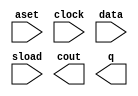
// megafunction wizard: %LPM_COUNTER%VBB%
// GENERATION: STANDARD
// VERSION: WM1.0
// MODULE: LPM_COUNTER 

// ============================================================
// Megafunction Name(s):
// 			LPM_COUNTER
//
// Simulation Library Files(s):
// 			lpm
// ============================================================
// ************************************************************
// THIS IS A WIZARD-GENERATED FILE. DO NOT EDIT THIS FILE!
//
// 20.1.1 Build 720 11/11/2020 SJ Lite Edition
// ************************************************************

//Copyright (C) 2020  Intel Corporation. All rights reserved.
//Your use of Intel Corporation's design tools, logic functions 
//and other software and tools, and any partner logic 
//functions, and any output files from any of the foregoing 
//(including device programming or simulation files), and any 
//associated documentation or information are expressly subject 
//to the terms and conditions of the Intel Program License 
//Subscription Agreement, the Intel Quartus Prime License Agreement,
//the Intel FPGA IP License Agreement, or other applicable license
//agreement, including, without limitation, that your use is for
//the sole purpose of programming logic devices manufactured by
//Intel and sold by Intel or its authorized distributors.  Please
//refer to the applicable agreement for further details, at
//https://fpgasoftware.intel.com/eula.

module Counter8Bit (
	aset,
	clock,
	data,
	sload,
	cout,
	q);

	input	  aset;
	input	  clock;
	input	[7:0]  data;
	input	  sload;
	output	  cout;
	output	[7:0]  q;

endmodule

// ============================================================
// CNX file retrieval info
// ============================================================
// Retrieval info: PRIVATE: ACLR NUMERIC "0"
// Retrieval info: PRIVATE: ALOAD NUMERIC "0"
// Retrieval info: PRIVATE: ASET NUMERIC "1"
// Retrieval info: PRIVATE: ASET_ALL1 NUMERIC "0"
// Retrieval info: PRIVATE: CLK_EN NUMERIC "0"
// Retrieval info: PRIVATE: CNT_EN NUMERIC "0"
// Retrieval info: PRIVATE: CarryIn NUMERIC "0"
// Retrieval info: PRIVATE: CarryOut NUMERIC "1"
// Retrieval info: PRIVATE: Direction NUMERIC "0"
// Retrieval info: PRIVATE: INTENDED_DEVICE_FAMILY STRING "Cyclone IV GX"
// Retrieval info: PRIVATE: ModulusCounter NUMERIC "0"
// Retrieval info: PRIVATE: ModulusValue NUMERIC "0"
// Retrieval info: PRIVATE: SCLR NUMERIC "0"
// Retrieval info: PRIVATE: SLOAD NUMERIC "1"
// Retrieval info: PRIVATE: SSET NUMERIC "0"
// Retrieval info: PRIVATE: SSET_ALL1 NUMERIC "1"
// Retrieval info: PRIVATE: SYNTH_WRAPPER_GEN_POSTFIX STRING "1"
// Retrieval info: PRIVATE: nBit NUMERIC "8"
// Retrieval info: PRIVATE: new_diagram STRING "1"
// Retrieval info: LIBRARY: lpm lpm.lpm_components.all
// Retrieval info: CONSTANT: LPM_AVALUE STRING "79"
// Retrieval info: CONSTANT: LPM_DIRECTION STRING "UP"
// Retrieval info: CONSTANT: LPM_PORT_UPDOWN STRING "PORT_UNUSED"
// Retrieval info: CONSTANT: LPM_TYPE STRING "LPM_COUNTER"
// Retrieval info: CONSTANT: LPM_WIDTH NUMERIC "8"
// Retrieval info: USED_PORT: aset 0 0 0 0 INPUT NODEFVAL "aset"
// Retrieval info: USED_PORT: clock 0 0 0 0 INPUT NODEFVAL "clock"
// Retrieval info: USED_PORT: cout 0 0 0 0 OUTPUT NODEFVAL "cout"
// Retrieval info: USED_PORT: data 0 0 8 0 INPUT NODEFVAL "data[7..0]"
// Retrieval info: USED_PORT: q 0 0 8 0 OUTPUT NODEFVAL "q[7..0]"
// Retrieval info: USED_PORT: sload 0 0 0 0 INPUT NODEFVAL "sload"
// Retrieval info: CONNECT: @aset 0 0 0 0 aset 0 0 0 0
// Retrieval info: CONNECT: @clock 0 0 0 0 clock 0 0 0 0
// Retrieval info: CONNECT: @data 0 0 8 0 data 0 0 8 0
// Retrieval info: CONNECT: @sload 0 0 0 0 sload 0 0 0 0
// Retrieval info: CONNECT: cout 0 0 0 0 @cout 0 0 0 0
// Retrieval info: CONNECT: q 0 0 8 0 @q 0 0 8 0
// Retrieval info: GEN_FILE: TYPE_NORMAL Counter8Bit.v TRUE
// Retrieval info: GEN_FILE: TYPE_NORMAL Counter8Bit.inc TRUE
// Retrieval info: GEN_FILE: TYPE_NORMAL Counter8Bit.cmp TRUE
// Retrieval info: GEN_FILE: TYPE_NORMAL Counter8Bit.bsf TRUE
// Retrieval info: GEN_FILE: TYPE_NORMAL Counter8Bit_inst.v TRUE
// Retrieval info: GEN_FILE: TYPE_NORMAL Counter8Bit_bb.v TRUE
// Retrieval info: GEN_FILE: TYPE_NORMAL Counter8Bit_syn.v TRUE
// Retrieval info: LIB_FILE: lpm